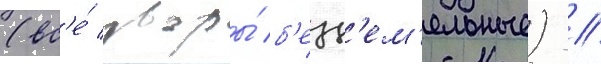
(вс'е́ дворы́ б'езз'ем'ельные) /